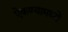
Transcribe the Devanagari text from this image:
ऐकण्यामध्ये